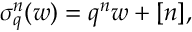
\sigma _ { q } ^ { n } ( w ) = q ^ { n } w + [ n ] ,